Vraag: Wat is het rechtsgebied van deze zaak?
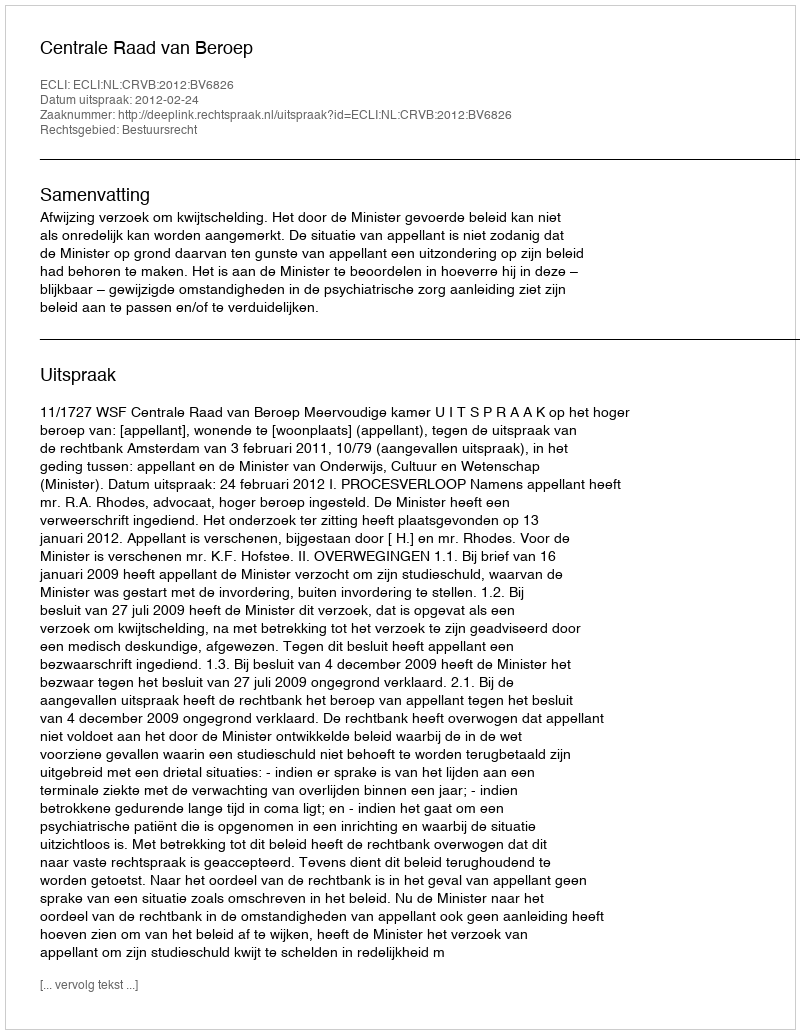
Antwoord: Bestuursrecht